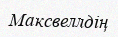
Максвеллдің